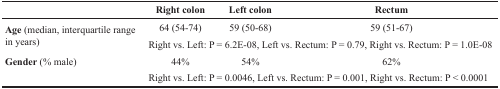
|  | Right colon | Left colon | Rectum |
 | --- | --- | --- | --- |
 | <ROWSPAN=2> Age (median, interquartile range in years) | 64 (54-74) | 59 (50-68) | 59 (51-67) |
 | <COLSPAN=3> Right vs. Left: P = 6.2E-08, Left vs. Rectum: P = 0.79, Right vs. Rectum: P = 1.0E-08 |
 | <ROWSPAN=2> Gender (% male) | 44% | 54% | 62% |
 | <COLSPAN=3> Right vs. Left: P = 0.0046, Left vs. Rectum: P = 0.001, Right vs. Rectum: P < 0.0001 |